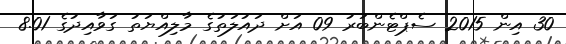
30 އިން 2015 ސެޕްޓެންބަރު 09 އަށް ދައުލަތުގެ މާލިއްޔަތު ގަވާއިދުގެ 8.01